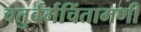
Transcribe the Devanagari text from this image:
चतुर्वर्गचिंतामणी